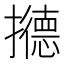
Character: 𰔹